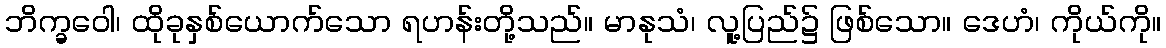
ဘိက္ခဝေါ၊ ထိုခုနှစ်ယောက်သော ရဟန်းတို့သည်။ မာနုသံ၊ လူ့ပြည်၌ ဖြစ်သော။ ဒေဟံ၊ ကိုယ်ကို။